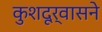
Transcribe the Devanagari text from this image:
कुशदूर्वासने